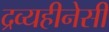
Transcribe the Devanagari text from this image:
द्रव्यहीनेसी